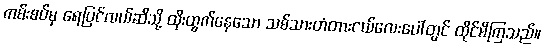
ကမ်းစပ်မှ ရေပြင်လယ်ဆီသို့ ထိုးထွက်နေသော သစ်သားတံတားငယ်လေးပေါ်တွင် ထိုင်မိကြသည်။